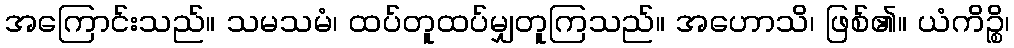
အကြောင်းသည်။ သမသမံ၊ ထပ်တူထပ်မျှတူကြသည်။ အဟောသိ၊ ဖြစ်၏။ ယံကိဉ္စိ၊